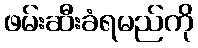
ဖမ်းဆီးခံရမည်ကို